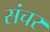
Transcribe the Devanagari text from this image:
संचर